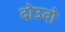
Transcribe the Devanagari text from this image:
दोउदो